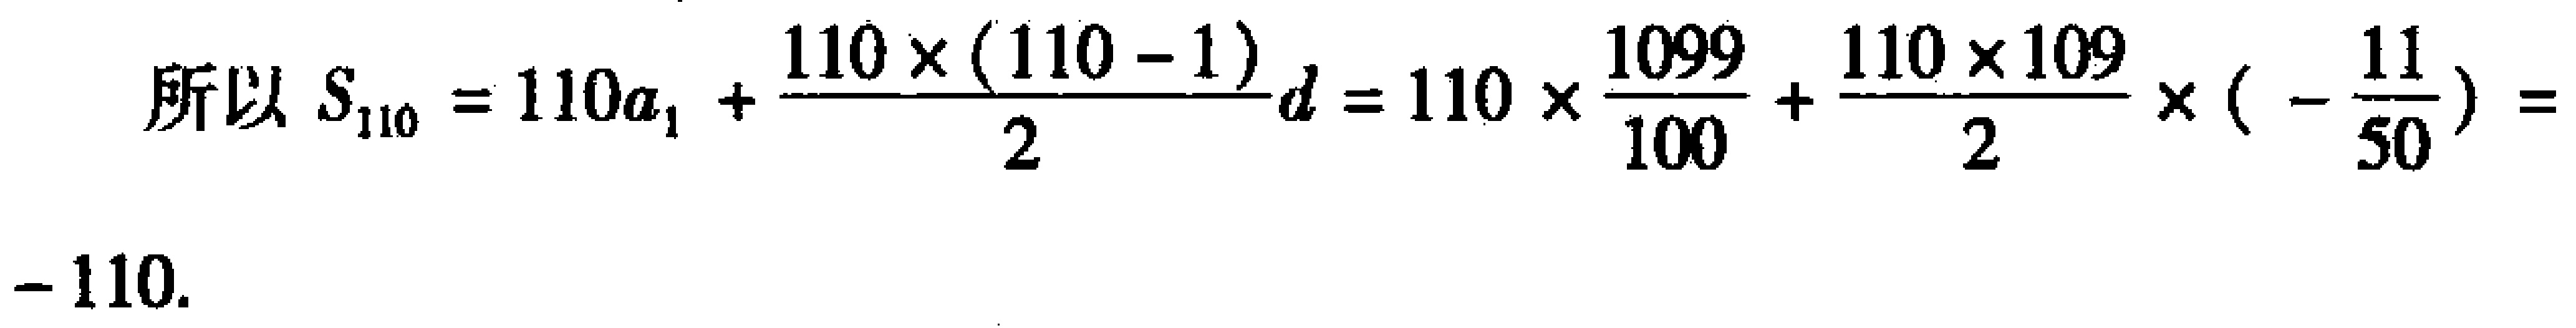
\[
\begin{align*}
\text{所以 }S_{110}&=110a_{1}+\frac{110\times(110 - 1)}{2}d=110\times\frac{1099}{100}+\frac{110\times109}{2}\times(-\frac{11}{50})\\
&=- 110.
\end{align*}
\]